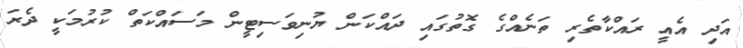
އަދި އެއީ ރައްކާތެރި ތަނެއްގެ ގޮތުގައި ދައްކަން ޔުނިވަސިޓީން މަސައްކަތް ކުރުމަކީ ދެރަ